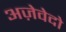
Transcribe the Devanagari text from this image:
अज़ेवेदो